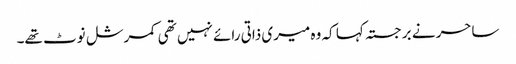
ساحر نے برجستہ کہا کہ وہ میری ذاتی رائے نہیں تھی کمرشل نوٹ تھے۔